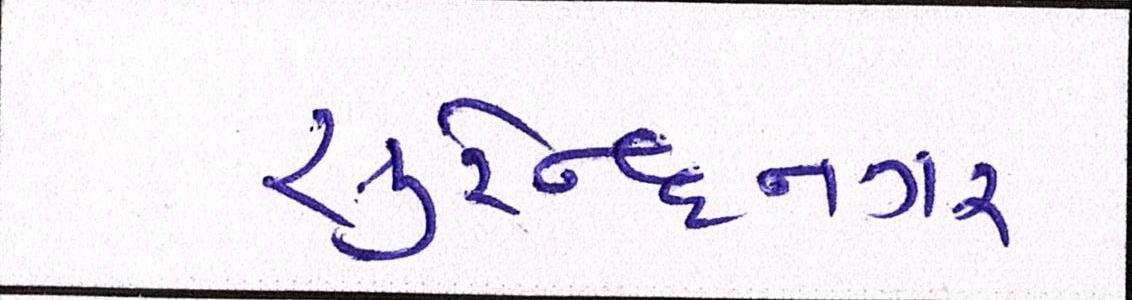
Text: સુરેન્દ્રનગર